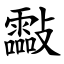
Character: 㪮